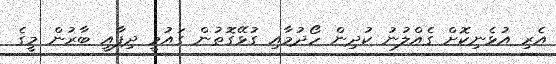
އެރި އުޅެނިކޮށް ގެއްލުނު ކުދިން ހޯދުމާއި ގުޅޭގޮތުން ގައުމީ ދިފާއީ ބާރުން މީގެ